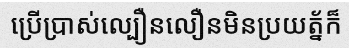
ប្រើប្រាស់ល្បឿនលឿនមិនប្រយត្ន័ក៏